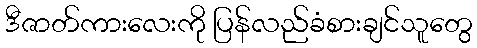
ဒီဇာတ်ကားလေးကို ပြန်လည်ခံစားချင်သူတွေ